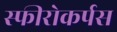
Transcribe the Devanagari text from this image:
स्फीरोकर्पस